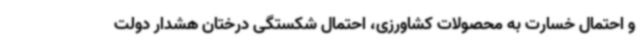
و احتمال خسارت به محصولات کشاورزی، احتمال شکستگی درختان هشدار دولت